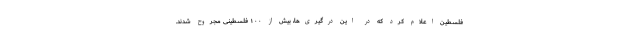
فلسطین اعلام کرد که در این درگیری‌ها، بیش از ۱۰۰ فلسطینی مجروح شدند.